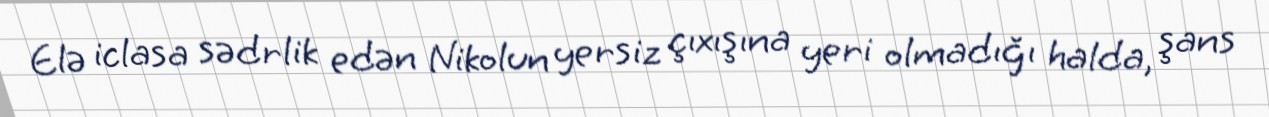
Elə iclasa sədrlik edən Nikolun yersiz çıxışına yeri olmadığı halda, şans